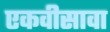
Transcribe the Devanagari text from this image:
एकवीसावा